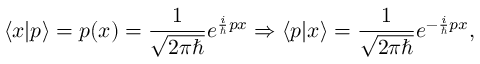
\langle x | p \rangle = p ( x ) = { \frac { 1 } { \sqrt { 2 \pi \hbar } } } e ^ { { \frac { i } { \hbar } } p x } \Rightarrow \langle p | x \rangle = { \frac { 1 } { \sqrt { 2 \pi \hbar } } } e ^ { - { \frac { i } { \hbar } } p x } ,